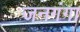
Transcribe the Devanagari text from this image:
जनगंगा